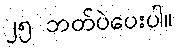
၂၅ ဘတ်ပဲပေးပါ။